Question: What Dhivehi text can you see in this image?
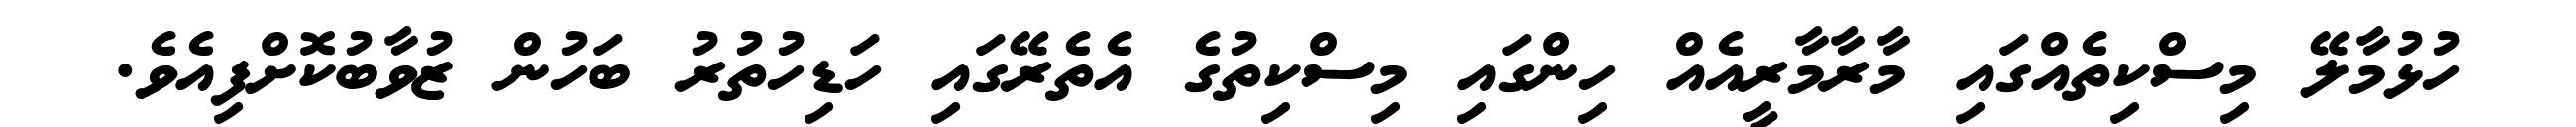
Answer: ހުޅުމާލޭ މިސްކިތެއްގައި މާރާމާރީއެއް ހިންގައި މިސްކިތުގެ އެތެރޭގައި ހަޑިހުތުރު ބަހުން ޒުވާބުކޮށްފިއެވެ.